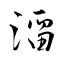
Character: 澑